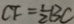
C F = \frac { 1 } { 2 } B C